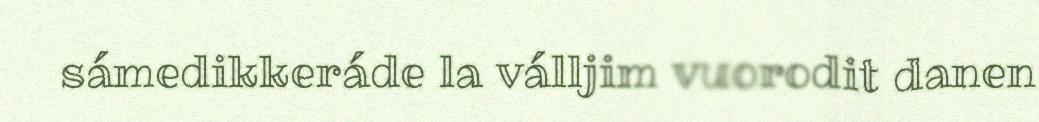
sámedikkeráde la válljim vuorodit danen